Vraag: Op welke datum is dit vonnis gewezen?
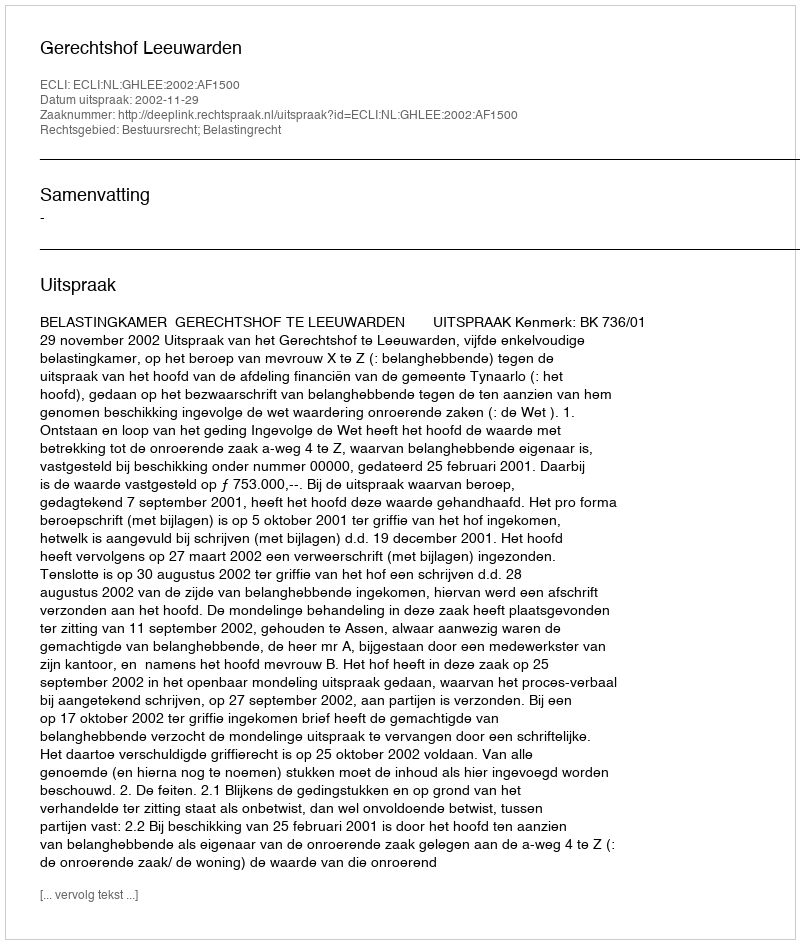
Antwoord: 2002-11-29